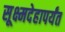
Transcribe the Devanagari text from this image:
सूक्ष्मदेहापर्यंत